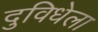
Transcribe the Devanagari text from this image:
दुविधेला